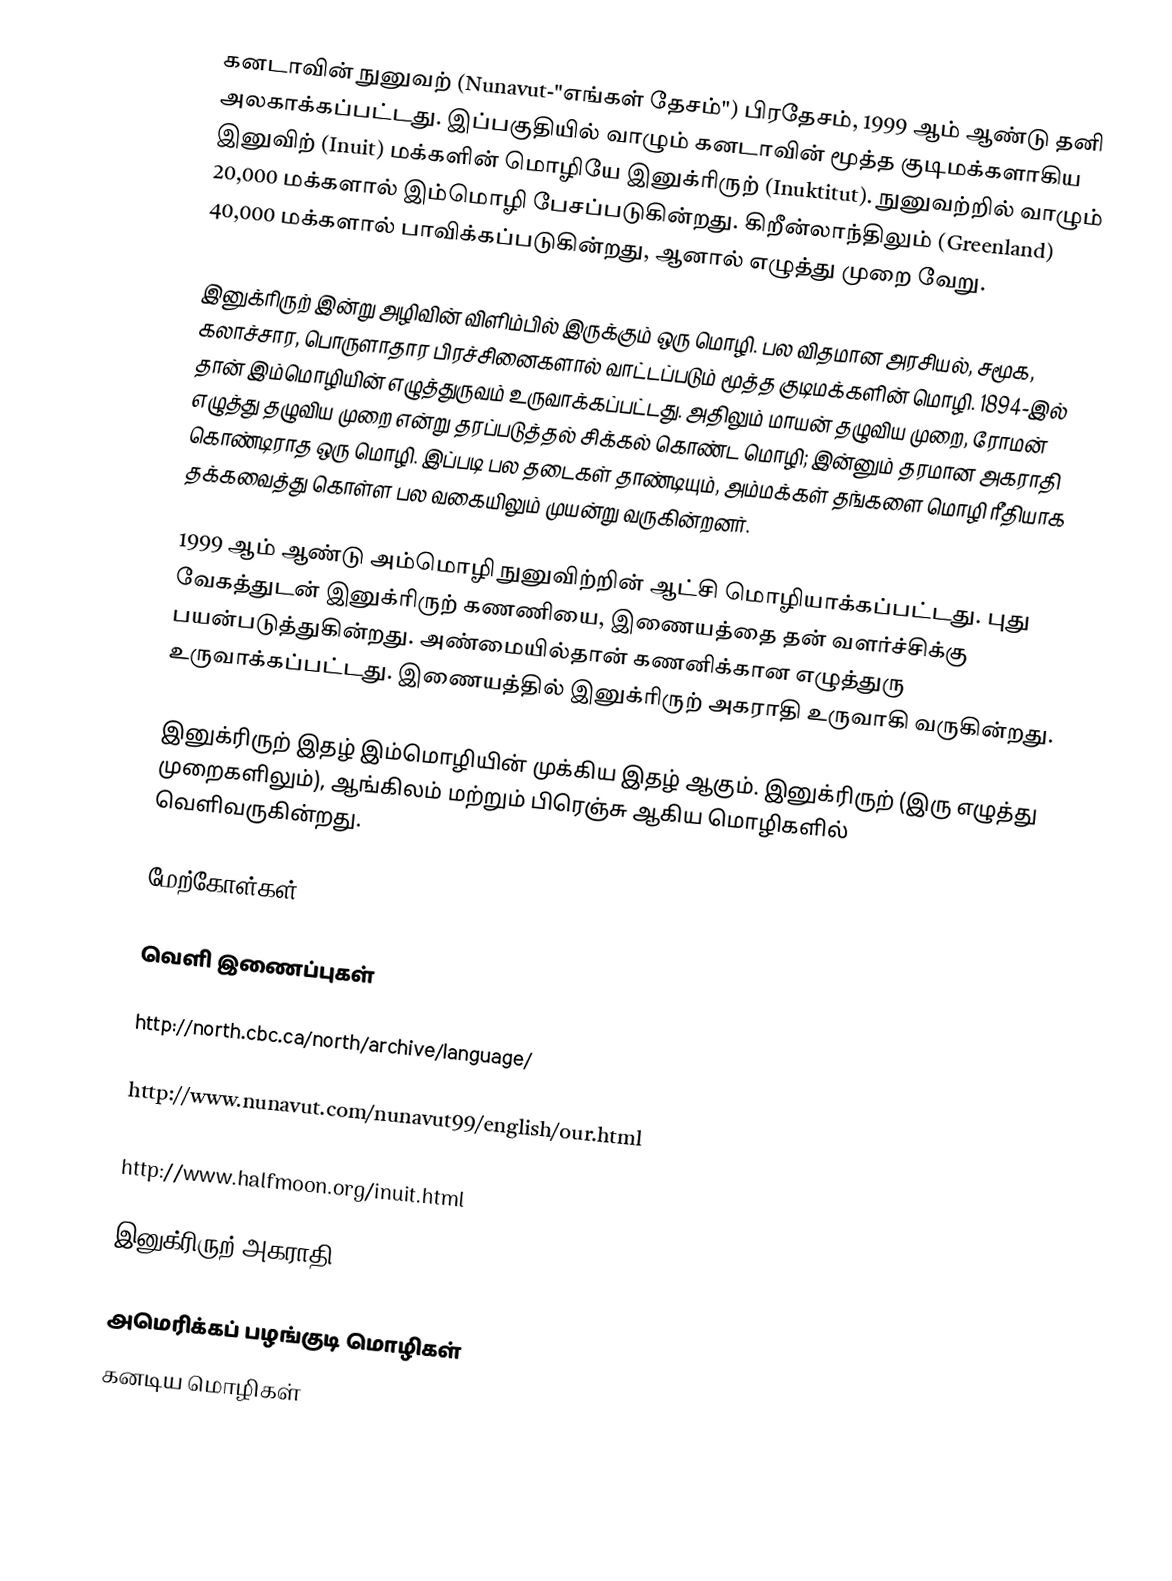
கனடாவின் நுனுவற் (Nunavut-"எங்கள் தேசம்") பிரதேசம், 1999 ஆம் ஆண்டு தனி அலகாக்கப்பட்டது. இப்பகுதியில் வாழும் கனடாவின் மூத்த குடிமக்களாகிய இனுவிற் (Inuit) மக்களின் மொழியே இனுக்ரிருற் (Inuktitut). நுனுவற்றில் வாழும் 20,000 மக்களால் இம்மொழி பேசப்படுகின்றது. கிறீன்லாந்திலும் (Greenland) 40,000 மக்களால் பாவிக்கப்படுகின்றது, ஆனால் எழுத்து முறை வேறு.

இனுக்ரிருற் இன்று அழிவின் விளிம்பில் இருக்கும் ஒரு மொழி. பல விதமான அரசியல், சமூக, கலாச்சார, பொருளாதார பிரச்சினைகளால் வாட்டப்படும் மூத்த குடிமக்களின் மொழி. 1894-இல் தான் இம்மொழியின் எழுத்துருவம் உருவாக்கப்பட்டது. அதிலும் மாயன் தழுவிய முறை, ரோமன் எழுத்து தழுவிய முறை என்று தரப்படுத்தல் சிக்கல் கொண்ட மொழி; இன்னும் தரமான அகராதி கொண்டிராத ஒரு மொழி. இப்படி பல தடைகள் தாண்டியும், அம்மக்கள் தங்களை மொழி ரீதியாக தக்கவைத்து கொள்ள பல வகையிலும் முயன்று வருகின்றனர்.

1999 ஆம் ஆண்டு அம்மொழி நுனுவிற்றின் ஆட்சி மொழியாக்கப்பட்டது. புது வேகத்துடன் இனுக்ரிருற் கணணியை, இணையத்தை தன் வளர்ச்சிக்கு பயன்படுத்துகின்றது. அண்மையில்தான் கணனிக்கான எழுத்துரு உருவாக்கப்பட்டது. இணையத்தில் இனுக்ரிருற் அகராதி உருவாகி வருகின்றது.

இனுக்ரிருற் இதழ்  இம்மொழியின் முக்கிய இதழ் ஆகும். இனுக்ரிருற் (இரு எழுத்து முறைகளிலும்), ஆங்கிலம் மற்றும் பிரெஞ்சு ஆகிய மொழிகளில் வெளிவருகின்றது.

மேற்கோள்கள்

வெளி இணைப்புகள்

 http://north.cbc.ca/north/archive/language/

 http://www.nunavut.com/nunavut99/english/our.html

 http://www.halfmoon.org/inuit.html

 இனுக்ரிருற் அகராதி

அமெரிக்கப் பழங்குடி மொழிகள்
கனடிய மொழிகள்